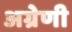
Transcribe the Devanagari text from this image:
अग्रेणी